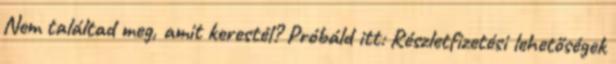
Nem találtad meg, amit kerestél? Próbáld itt: Részletfizetési lehetőségek